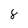
Character: 8